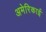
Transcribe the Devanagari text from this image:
अमेरिकाई